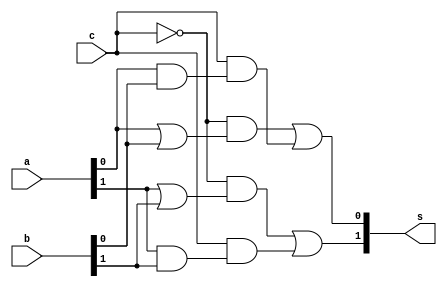
// ------------------------- 
// Exemplo0032 - F4 
// Nome: Pedro Henrique Vilar Locatelli 
// ------------------------- 
// ------------------------- 
// f4_gate 
// ------------------------- 
module f4 (output [1:0] s, 
input [1:0] a, 
input [1:0] b, 
input c); 

wire w1,w2,w3,w4,w5,w6,w7,w8;

or or1 (w1, a[0], b[0]);
and and1 (w2,a[0],b[0]);
or or2 (w3, a[1], b[1]);
and and2 (w4, a[1], b[1]);
and and3 (w5, ~c, w1);
and and4 (w6, c, w2);
and and5 (w7, ~c, w3);
and and6 (w8, c, w4);
or or3 (s[0], w5, w6);
or or4 (s[1], w7, w8);


endmodule // f4 
module test_f4; 
// ------------------------- definir dados 
reg w; 
reg [1:0] x; 
reg [1:0] y; 
wire [1:0] z; 
f4 modulo (z, x, y, w); 
// ------------------------- parte principal 
initial begin 
$display("Exemplo0032 - Pedro Henrique Vilar Locatelli - 427453"); 
$display("Test LU's module"); 
$display("1-and, 0-or"); 
x = 2'b11; y = 2'b01; w = 1'b0;
// projetar testes do modulo 
#1 $display("%3b %3b %3b %3b",x,y,w,z); 
 w = 1'b1;
#1 $display("%3b %3b %3b %3b",x,y,w,z); 
end 
endmodule // test_f4